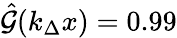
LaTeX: \hat{\mathcal{G}}(k_{\Delta}x)=0.99